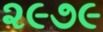
૨૯૭૯